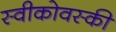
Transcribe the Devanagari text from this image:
स्वीकोवस्की